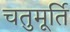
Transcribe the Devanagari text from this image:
चतुमूर्ति